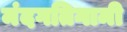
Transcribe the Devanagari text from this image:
मंदगतिगामी